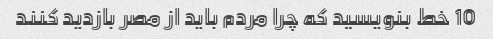
10 خط بنویسید که چرا مردم باید از مصر بازدید کنند